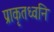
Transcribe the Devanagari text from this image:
प्राकृतध्वनि